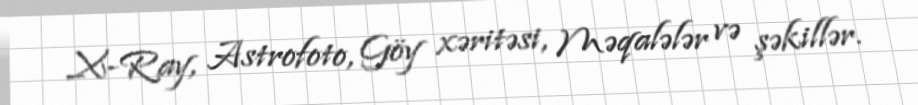
X-Ray, Astrofoto, Göy xəritəsi, Məqalələr və şəkillər.